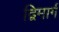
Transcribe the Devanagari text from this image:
द्विमार्ग